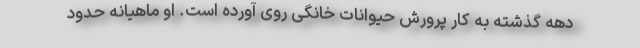
دهه گذشته به کار پرورش حیوانات خانگی روی آورده است. او ماهیانه حدود